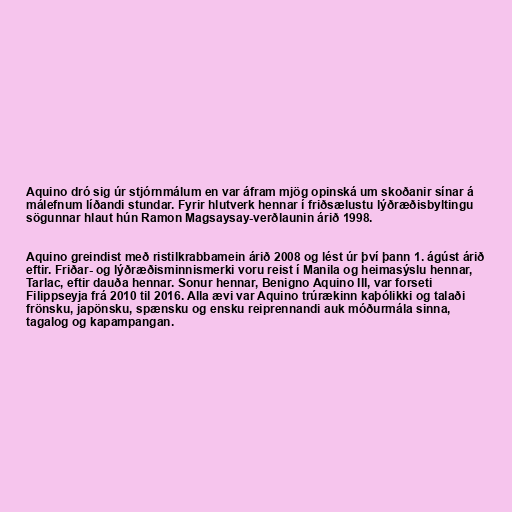
Aquino dró sig úr stjórnmálum en var áfram mjög opinská um skoðanir sínar á
málefnum líðandi stundar. Fyrir hlutverk hennar í friðsælustu lýðræðisbyltingu
sögunnar hlaut hún Ramon Magsaysay-verðlaunin árið 1998.

Aquino greindist með ristilkrabbamein árið 2008 og lést úr því þann 1. ágúst árið
eftir. Friðar- og lýðræðisminnismerki voru reist í Manila og heimasýslu hennar,
Tarlac, eftir dauða hennar. Sonur hennar, Benigno Aquino III, var forseti
Filippseyja frá 2010 til 2016. Alla ævi var Aquino trúrækinn kaþólikki og talaði
frönsku, japönsku, spænsku og ensku reiprennandi auk móðurmála sinna,
tagalog og kapampangan.